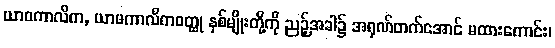
ယာဝကာလိက, ယာမကာလိကဝတ္ထု နှစ်မျိုးတို့ကို ညဉ့်အခါ၌ အရုဏ်တက်အောင် မထားကောင်း၊